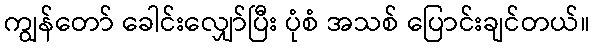
ကျွန်တော် ခေါင်းလျှော်ပြီး ပုံစံ အသစ် ပြောင်းချင်တယ်။